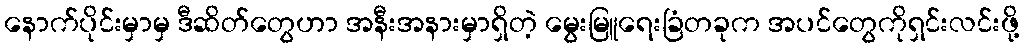
နောက်ပိုင်းမှာမှ ဒီဆိတ်တွေဟာ အနီးအနားမှာရှိတဲ့ မွေးမြူရေးခြံတခုက အပင်တွေကိုရှင်းလင်းဖို့